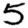
Digit: 5